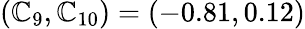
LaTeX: (\mathbb{C}_{9},\mathbb{C}_{10})=(-0.81,0.12)